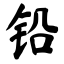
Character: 铅